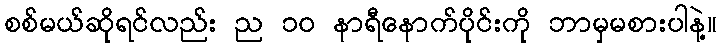
စစ်မယ်ဆိုရင်လည်း ည ၁၀ နာရီနောက်ပိုင်းကို ဘာမှမစားပါနဲ့။